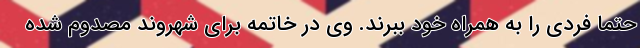
حتما فردی را به همراه خود ببرند. وی در خاتمه برای شهروند مصدوم شده